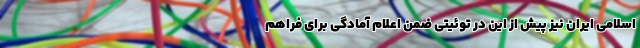
اسلامی ایران نیز پیش از این در توئیتی ضمن اعلام آمادگی برای فراهم